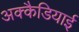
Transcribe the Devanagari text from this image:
अक्कैडियाई